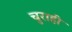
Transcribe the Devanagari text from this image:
चुराही